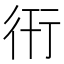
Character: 衎